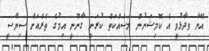
އޭނާ ވިދާޅުވީ އެ ކޮމިޝަނުން މަސައްކަތް ކުރަނީ ގާނޫނީ އިމުގެ ތެރެއަށް ސިޔާސީ